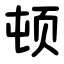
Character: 顿